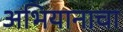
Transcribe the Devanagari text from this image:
अभियानाचा